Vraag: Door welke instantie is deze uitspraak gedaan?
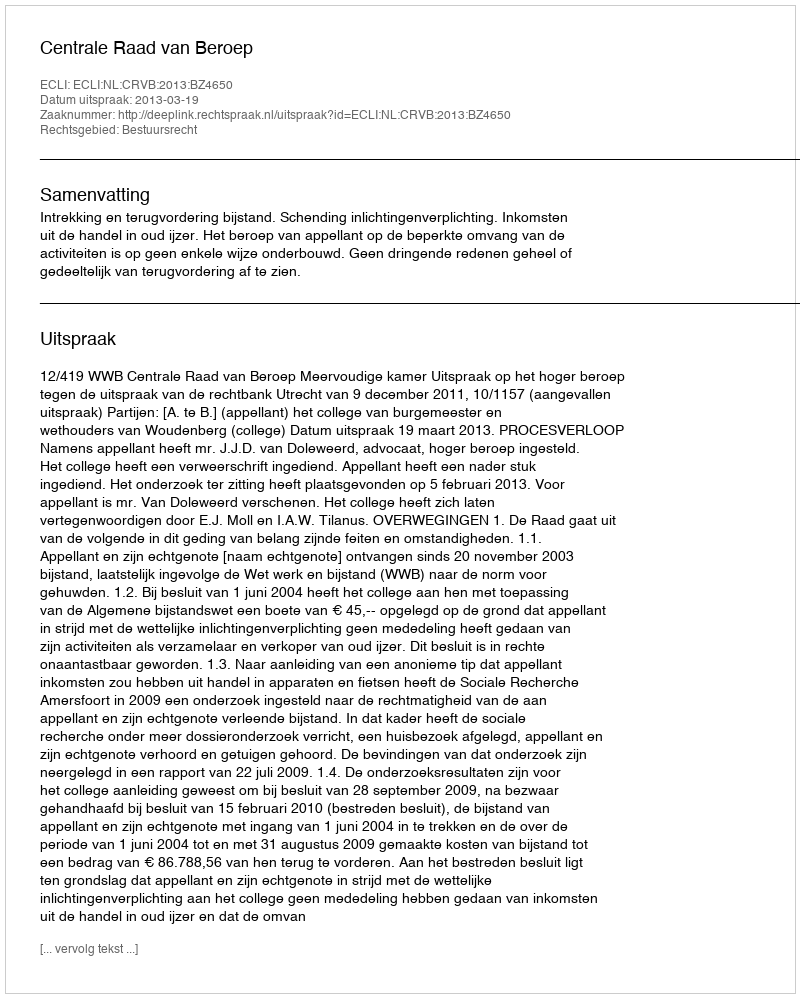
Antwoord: Centrale Raad van Beroep